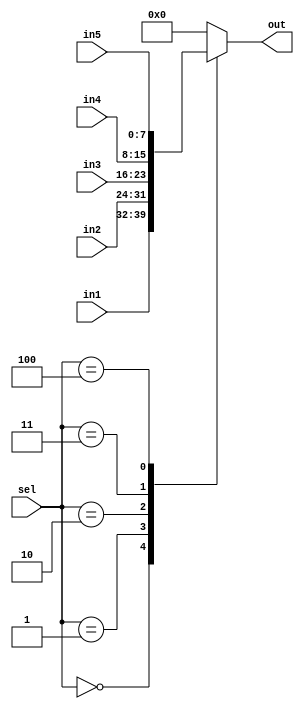
`timescale 1ns / 1ps
//////////////////////////////////////////////////////////////////////////////////
// Company: 
// Engineer: 
// 
// Design Name: 
// Module Name: mux
// Project Name: 
// Target Devices: 
// Tool Versions: 
// Description: 
// 
// Dependencies: 
// 
// Revision:
// Revision 0.01 - File Created
// Additional Comments:
// 
//////////////////////////////////////////////////////////////////////////////////


module mux(output reg [7:0] out , input [2:0] sel, input [7:0] in1,in2,in3,in4,in5);
always @(*)
begin
 case(sel)
    0: out <= in1;
    1: out <= in2;
    2: out <= in3;
    3: out <= in4;
    4: out <= in5;
    default : out <= 8'b0;
 endcase
end
endmodule